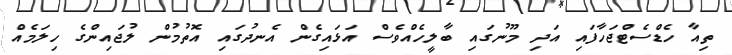
ތިއާ ހެޑްސެޓްޖަހާފައި އަދި މޫނުގައި ބާލީހެއްވެސް އަޅައިގެން އެނދުގައި އޮތުމުން ލުޖައިންގެ ހިލަމެއް